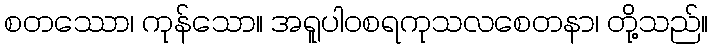
စတဿော၊ ကုန်သော။ အရူပါဝစရကုသလစေတနာ၊ တို့သည်။